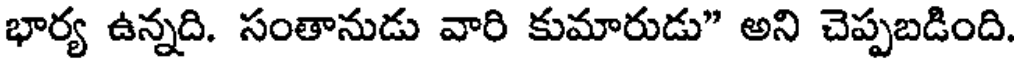
భార్య ఉన్నది. సంతానుడు వారి కుమారుడు" అని చెప్పబడింది.